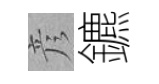
彦鑣